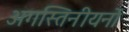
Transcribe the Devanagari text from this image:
अगस्तिनीयनों